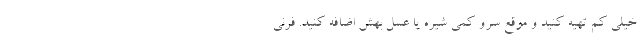
خیلی کم تهیه کنید و موقع سرو کمی شیره یا عسل بهش اضافه کنید. فرنی